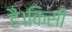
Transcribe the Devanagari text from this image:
हैं।किसी